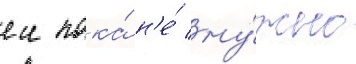
еи пока́ н'е́ ну́жно